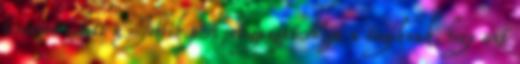
forintot adott a Jobbik pÃ¡rtigazgatÃ³ja a tagoknak, hogy azt